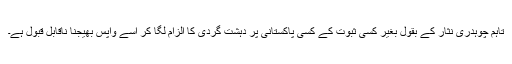
تاہم چوہدری نثار کے بقول بغیر کسی ثبوت کے کسی پاکستانی پر دہشت گردی کا الزام لگا کر اسے واپس بھیجنا ناقابل قبول ہے۔